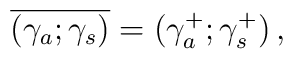
\overline{(\gamma_a;\gamma_s)} = (\gamma_a^+;\gamma_s^+)\, ,